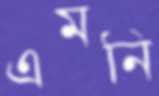
এমনি